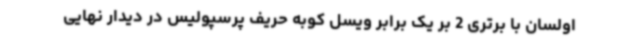
اولسان با برتری 2 بر یک برابر ویسل کوبه حریف پرسپولیس در دیدار نهایی